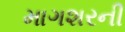
માગશરની